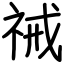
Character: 祴